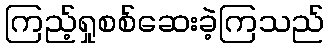
ကြည့်ရှုစစ်ဆေးခဲ့ကြသည်